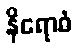
နိရောဓံ